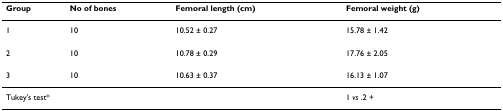
<table><thead><tr><td><b>Group</b></td><td><b>No of bones</b></td><td><b>Femoral length (cm)</b></td><td><b>Femoral weight (g)</b></td></tr></thead><tbody><tr><td>1</td><td>10</td><td>10.52 ± 0.27</td><td>15.78 ± 1.42</td></tr><tr><td>2</td><td>10</td><td>10.78 ± 0.29</td><td>17.76 ± 2.05</td></tr><tr><td>3</td><td>10</td><td>10.63 ± 0.37</td><td>16.13 ± 1.07</td></tr><tr><td colspan="2">Tukey&#x27;s test*</td><td></td><td>1 <i>vs </i>.2 +</td></tr></tbody></table>